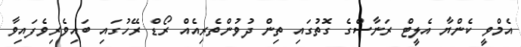
އެމްވީ ކެންޔާ އެލީޓް ރަނާސްގެ ގޮތުގައި ތިން ދުވުންތެރިއެއް ރޯޑް ރޭހުގައި ބައިވެރިވެފައިވާ